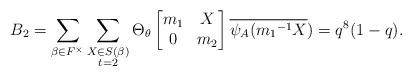
LaTeX: \begin{align*} B_{2}=\displaystyle \sum_{\beta \in F^{\times}} \sum_{\substack{X\in S(\beta) \\ t=2 }}\Theta_{\theta} \begin{bmatrix} m_{1} & X\\0 & m_{2}\end{bmatrix}\overline{\psi_{A}({m_{1}}^{-1}X})=q^{8}(1-q).\end{align*}